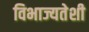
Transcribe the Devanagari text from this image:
विभाज्यतेशी